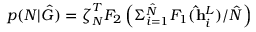
p ( N | \hat { G } ) = \boldsymbol { \zeta } _ { N } ^ { T } F _ { 2 } \left( \Sigma _ { i = 1 } ^ { \hat { N } } F _ { 1 } ( \mathbf { \hat { h } } _ { i } ^ { L } ) / \hat { N } \right)